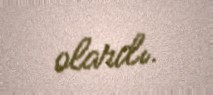
olardı.